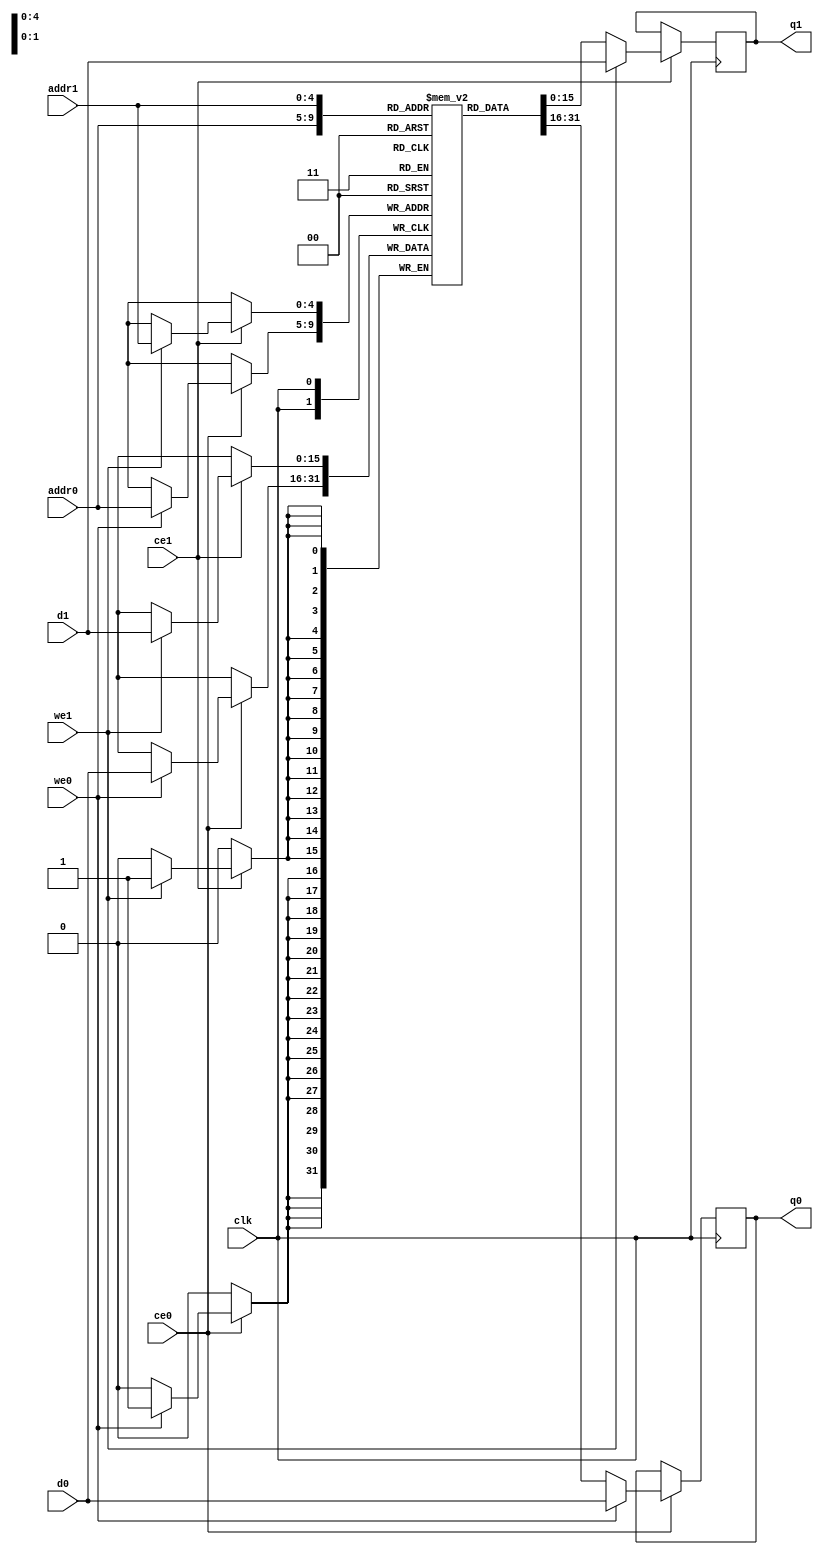
// ==============================================================
// File generated by Vivado(TM) HLS - High-Level Synthesis from C, C++ and SystemC
// Version: 2017.4
// Copyright (C) 1986-2017 Xilinx, Inc. All Rights Reserved.
// 
// ==============================================================

`timescale 1 ns / 1 ps
module conv_8_out_val_V_ram (addr0, ce0, d0, we0, q0, addr1, ce1, d1, we1, q1,  clk);

parameter DWIDTH = 16;
parameter AWIDTH = 5;
parameter MEM_SIZE = 32;

input[AWIDTH-1:0] addr0;
input ce0;
input[DWIDTH-1:0] d0;
input we0;
output reg[DWIDTH-1:0] q0;
input[AWIDTH-1:0] addr1;
input ce1;
input[DWIDTH-1:0] d1;
input we1;
output reg[DWIDTH-1:0] q1;
input clk;

(* ram_style = "block" *)reg [DWIDTH-1:0] ram[0:MEM_SIZE-1];




always @(posedge clk)  
begin 
    if (ce0) 
    begin
        if (we0) 
        begin 
            ram[addr0] <= d0; 
            q0 <= d0;
        end 
        else 
            q0 <= ram[addr0];
    end
end


always @(posedge clk)  
begin 
    if (ce1) 
    begin
        if (we1) 
        begin 
            ram[addr1] <= d1; 
            q1 <= d1;
        end 
        else 
            q1 <= ram[addr1];
    end
end


endmodule


`timescale 1 ns / 1 ps
module conv_8_out_val_V(
    reset,
    clk,
    address0,
    ce0,
    we0,
    d0,
    q0,
    address1,
    ce1,
    we1,
    d1,
    q1);

parameter DataWidth = 32'd16;
parameter AddressRange = 32'd32;
parameter AddressWidth = 32'd5;
input reset;
input clk;
input[AddressWidth - 1:0] address0;
input ce0;
input we0;
input[DataWidth - 1:0] d0;
output[DataWidth - 1:0] q0;
input[AddressWidth - 1:0] address1;
input ce1;
input we1;
input[DataWidth - 1:0] d1;
output[DataWidth - 1:0] q1;



conv_8_out_val_V_ram conv_8_out_val_V_ram_U(
    .clk( clk ),
    .addr0( address0 ),
    .ce0( ce0 ),
    .d0( d0 ),
    .we0( we0 ),
    .q0( q0 ),
    .addr1( address1 ),
    .ce1( ce1 ),
    .d1( d1 ),
    .we1( we1 ),
    .q1( q1 ));

endmodule